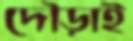
দৌড়াই